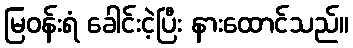
မြဝန်းရံ ခေါင်းငဲ့ပြီး နားထောင်သည်။